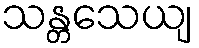
သန္တသေယျ